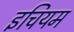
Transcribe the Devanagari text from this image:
इचियम